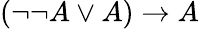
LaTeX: (\neg\neg A\lor A)\rightarrow A